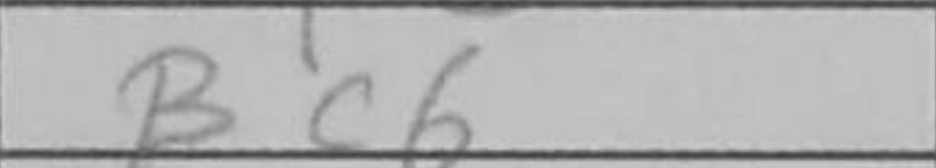
Transcription: Bc6